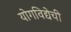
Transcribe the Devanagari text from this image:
योगविद्येची